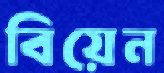
বিয়েন